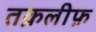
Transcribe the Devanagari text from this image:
तक़लीफ़